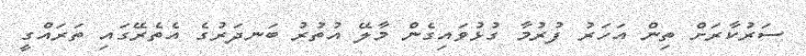
ސަރުކާރަށް ތިން އަހަރު ފުރުމާ ގުޅުވައިގެން މާލޭ އުތުރު ބަނދަރުގެ އެތެރޭގައި ތަރައްގީ